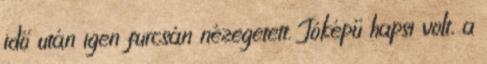
idő után igen furcsán nézegetett. Jóképű hapsi volt, a